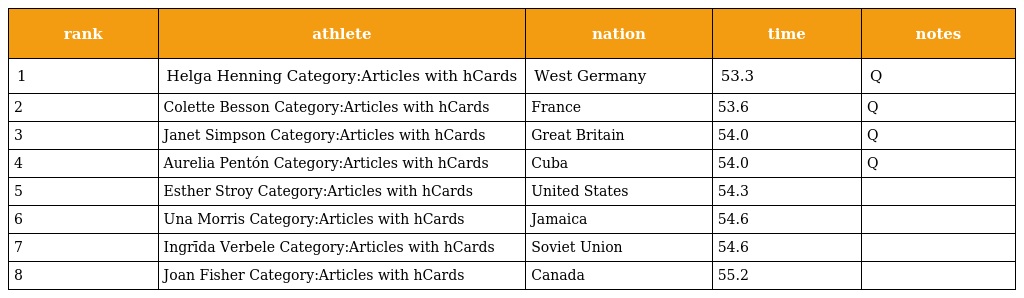
| rank | athlete | nation | time | notes |
 | --- | --- | --- | --- | --- |
 | 1 | Helga Henning Category:Articles with hCards | West Germany | 53.3 | Q |
 | 2 | Colette Besson Category:Articles with hCards | France | 53.6 | Q |
 | 3 | Janet Simpson Category:Articles with hCards | Great Britain | 54.0 | Q |
 | 4 | Aurelia Pentón Category:Articles with hCards | Cuba | 54.0 | Q |
 | 5 | Esther Stroy Category:Articles with hCards | United States | 54.3 |  |
 | 6 | Una Morris Category:Articles with hCards | Jamaica | 54.6 |  |
 | 7 | Ingrīda Verbele Category:Articles with hCards | Soviet Union | 54.6 |  |
 | 8 | Joan Fisher Category:Articles with hCards | Canada | 55.2 |  |